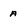
Character: a